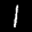
Label: 1